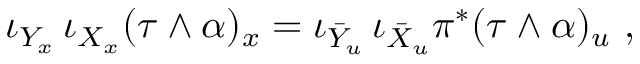
\iota _ { Y _ { x } } \, \iota _ { X _ { x } } ( \tau \wedge \alpha ) _ { x } = \iota _ { \bar { Y } _ { u } } \, \iota _ { \bar { X } _ { u } } \pi ^ { * } ( \tau \wedge \alpha ) _ { u } \ ,